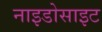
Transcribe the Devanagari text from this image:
नाइडोसाइट